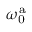
\omega _ { \mathrm { 0 } } ^ { \mathrm { a } }